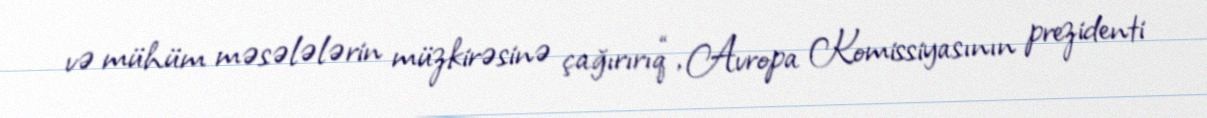
və mühüm məsələlərin müzkirəsinə çağırırıq“, Avropa Komissiyasının prezidenti